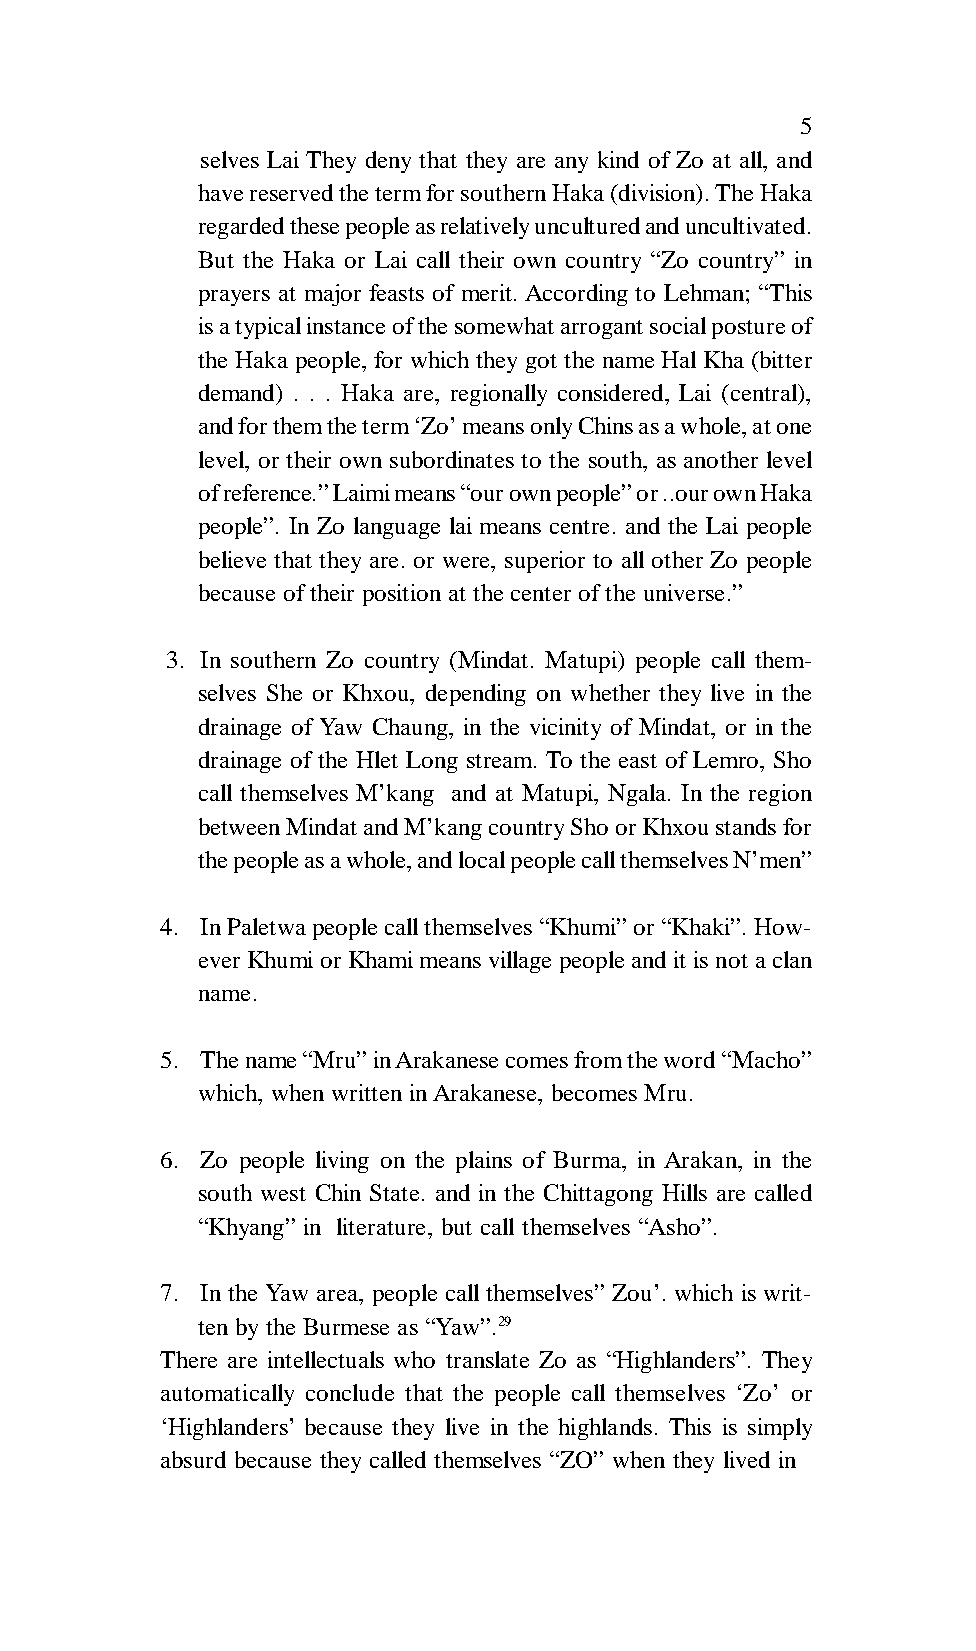
5
 selves Lai They deny that they are any kind of Zo at all, and
 have reserved the term for southern Haka (division). The Haka
 regarded these people as relatively uncultured and uncultivated.
 But the Haka or Lai call their own country “Zo country” in
 prayers at major feasts of merit. According to Lehman; “This
 is a typical instance of the somewhat arrogant social posture of
 the Haka people, for which they got the name Hal Kha (bitter
 demand) . . . Haka are, regionally considered, Lai (central),
 and for them the term ‘Zo’ means only Chins as a whole, at one
 level, or their own subordinates to the south, as another level
 of reference.” Laimi means “our own people” or ..our own Haka
 people”. In Zo language lai means centre. and the Lai people
 believe that they are. or were, superior to all other Zo people
 because of their position at the center of the universe.”
 3. In southern Zo country (Mindat. Matupi) people call them-
 selves She or Khxou, depending on whether they live in the
 drainage of Yaw Chaung, in the vicinity of Mindat, or in the
 drainage of the Hlet Long stream. To the east of Lemro, Sho
 call themselves M’kang and at Matupi, Ngala. In the region
 between Mindat and M’kang country Sho or Khxou stands for
 the people as a whole, and local people call themselves N’men”
 4. In Paletwa people call themselves “Khumi” or “Khaki”. How-
 ever Khumi or Khami means village people and it is not a clan
 name.
 5. The name “Mru” in Arakanese comes from the word “Macho”
 which, when written in Arakanese, becomes Mru.
 6. Zo people living on the plains of Burma, in Arakan, in the
 south west Chin State. and in the Chittagong Hills are called
 “Khyang” in literature, but call themselves “Asho”.
 7. In the Yaw area, people call themselves” Zou’. which is writ-
 ten by the Burmese as “Yaw”.29
 There are intellectuals who translate Zo as “Highlanders”. They
 automatically conclude that the people call themselves ‘Zo’ or
 ‘Highlanders’ because they live in the highlands. This is simply
 absurd because they called themselves “ZO” when they lived in